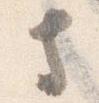
寺